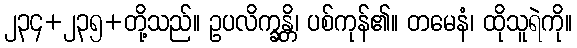
၂၃၄+၂၃၅+တို့သည်။ ဥပလိက္ခန္တိ၊ ပစ်ကုန်၏။ တမေနံ၊ ထိုသူရဲကို။